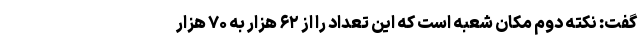
گفت: نکته دوم مکان شعبه است که این تعداد را از ۶۲ هزار به ۷۰ هزار